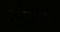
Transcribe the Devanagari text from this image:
सितबंर